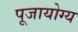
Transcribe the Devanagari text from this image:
पूजायोग्य